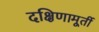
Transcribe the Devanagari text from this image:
दक्षिणामूर्ती